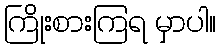
ကြိုးစားကြရ မှာပါ။